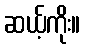
ဆယ့်ကိုး။